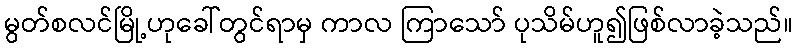
မွတ်စလင်မြို့ဟုခေါ်တွင်ရာမှ ကာလ ကြာသော် ပုသိမ်ဟူ၍ဖြစ်လာခဲ့သည်။